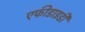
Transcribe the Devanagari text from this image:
एफीडाइडी